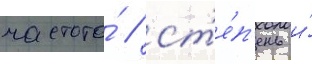
частота́ / ст'е́п'ень и́